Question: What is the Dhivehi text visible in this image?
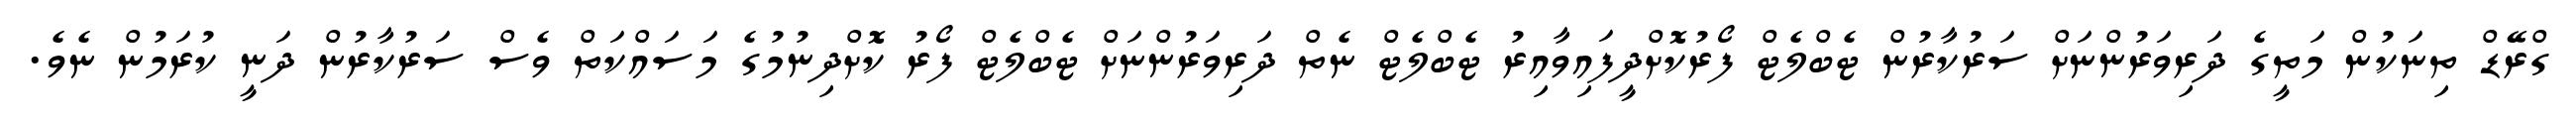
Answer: ގްރޭޑް ތިނަކުން މަތީގެ ދަރިވަރުންނަށް ސަރުކާރުން ޓެބްލެޓް ފޯރުކޮށްދީފައިވާއިރު ޓެބްލެޓް ނެތް ދަރިވަރުންނަށް ޓެބްލެޓް ފޯރު ކޮށްދިނުމުގެ މަސައްކަތް ވެސް ސަރުކާރުން ދަނީ ކުރަމުން ނެވެ.